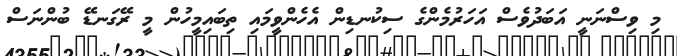
މި ވިސްނަނީ އަބަދުވެސް އަހަރުމެންގެ ސިކުނޑިން އެހެންވީމައި ތިބައިމީހުން މީ ރޭގަނޑޭ ބުންނަސް